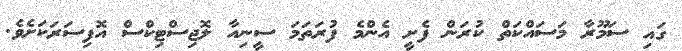
ގައި ސަމޫރާ މަސައްކަތް ކުރަން ފެށީ އެންމެ ފުރަތަމަ ސީނިއާ ލޮޖިސްޓިކްސް އޮފިސަރަކަށެވެ.